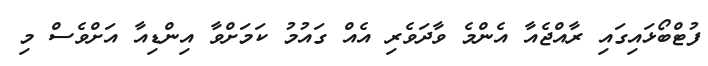
ފުޓްބޯޅައިގައި ރާއްޖެއާ އެންމެ ވާދަވެރި އެއް ގައުމު ކަމަށްވާ އިންޑިއާ އަށްވެސް މި